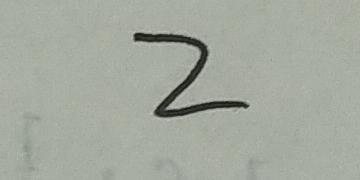
2